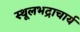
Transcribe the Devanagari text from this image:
स्थूलभद्राचार्य